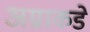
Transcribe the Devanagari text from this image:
अग्राकडे